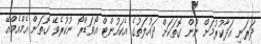
ދަރަނި އަދާކުރުމަށް ނޫން ގޮތަކަށް ދައުލަތުގެ އެކައުންޓް އޯވަޑްރޯ ނުކުރެވޭ ގޮތަށް އެމްއެމްއޭ